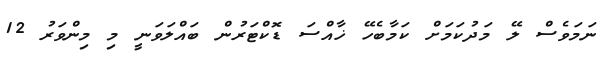
ނަމަވެސް ލޭ މަދުކަމަށް ކަމާބެހޭ ޚާއްސަ ޑޮކްޓަރުން ބައްލަވަނީ މި މިންވަރު 12